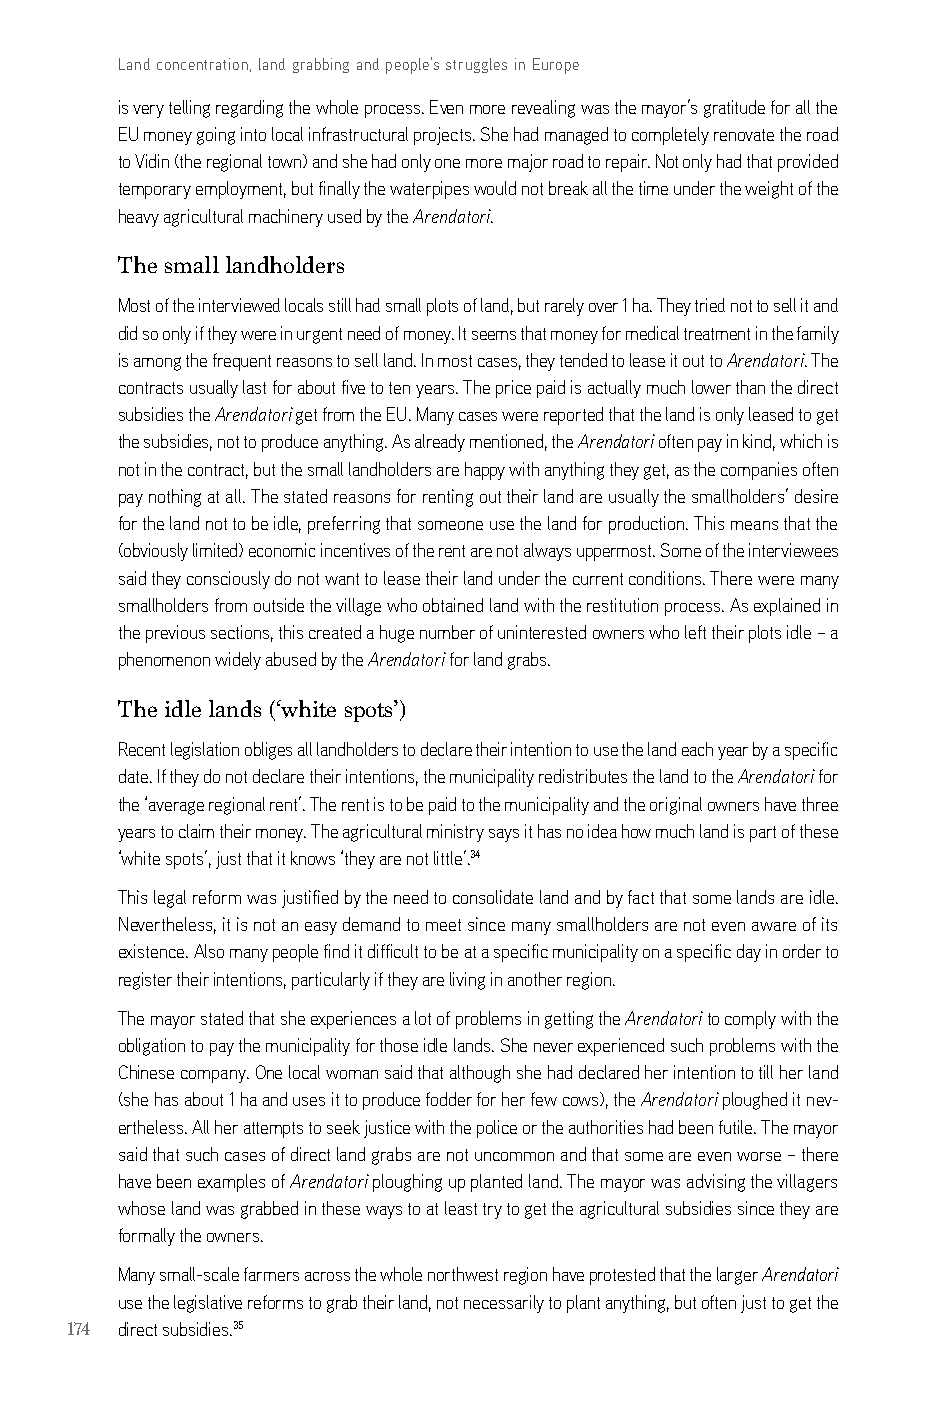
Land concentration, land grabbing and people’s struggles in Europe
 is very telling regarding the whole process. even more revealing was the mayor’s gratitude for all the
 eU money going into local infrastructural projects. she had managed to completely renovate the road
 to Vidin (the regional town) and she had only one more major road to repair. not only had that provided
 temporary employment, but finally the waterpipes would not break all the time under the weight of the
 heavy agricultural machinery used by the Arendatori.
 The small landholders
 Most of the interviewed locals still had small plots of land, but rarely over 1 ha. They tried not to sell it and
 did so only if they were in urgent need of money. it seems that money for medical treatment in the family
 is among the frequent reasons to sell land. in most cases, they tended to lease it out to Arendatori. The
 contracts usually last for about five to ten years. The price paid is actually much lower than the direct
 subsidies the Arendatori get from the eU. Many cases were reported that the land is only leased to get
 the subsidies, not to produce anything. as already mentioned, the Arendatori often pay in kind, which is
 not in the contract, but the small landholders are happy with anything they get, as the companies often
 pay nothing at all. The stated reasons for renting out their land are usually the smallholders’ desire
 for the land not to be idle, preferring that someone use the land for production. This means that the
 (obviously limited) economic incentives of the rent are not always uppermost. some of the interviewees
 said they consciously do not want to lease their land under the current conditions. There were many
 smallholders from outside the village who obtained land with the restitution process. as explained in
 the previous sections, this created a huge number of uninterested owners who left their plots idle – a
 phenomenon widely abused by the Arendatori for land grabs.
 Тhe idle lands (‘white spots’)
 recent legislation obliges all landholders to declare their intention to use the land each year by a specific
 date. if they do not declare their intentions, the municipality redistributes the land to the Arendatori for
 the ‘average regional rent’. The rent is to be paid to the municipality and the original owners have three
 years to claim their money. The agricultural ministry says it has no idea how much land is part of these
 ‘white spots’, just that it knows ‘they are not little’.34
 This legal reform was justified by the need to consolidate land and by fact that some lands are idle.
 nevertheless, it is not an easy demand to meet since many smallholders are not even aware of its
 existence. also many people find it difficult to be at a specific municipality on a specific day in order to
 register their intentions, particularly if they are living in another region.
 The mayor stated that she experiences a lot of problems in getting the Arendatori to comply with the
 obligation to pay the municipality for those idle lands. she never experienced such problems with the
 chinese company. one local woman said that although she had declared her intention to till her land
 (she has about 1 ha and uses it to produce fodder for her few cows), the Arendatori ploughed it nev-
 ertheless. all her attempts to seek justice with the police or the authorities had been futile. The mayor
 said that such cases of direct land grabs are not uncommon and that some are even worse – there
 have been examples of Arendatori ploughing up planted land. The mayor was advising the villagers
 whose land was grabbed in these ways to at least try to get the agricultural subsidies since they are
 formally the owners.
 Many small-scale farmers across the whole northwest region have protested that the larger Arendatori
 use the legislative reforms to grab their land, not necessarily to plant anything, but often just to get the
 174 direct subsidies.35